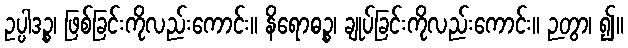
ဥပ္ပါဒဉ္စ၊ ဖြစ်ခြင်းကိုလည်းကောင်း။ နိရောဓဉ္စ၊ ချုပ်ခြင်းကိုလည်းကောင်း။ ဉတွာ၊ ၍။